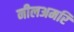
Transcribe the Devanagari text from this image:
नीलअमरि